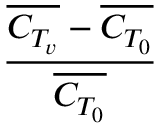
\frac { \overline { { C _ { T _ { v } } } } - \overline { { C _ { T _ { 0 } } } } } { \overline { { C _ { T _ { 0 } } } } }